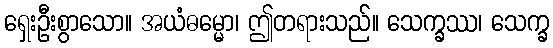
ရှေးဦးစွာသော။ အယံဓမ္မော၊ ဤတရားသည်။ သေက္ခဿ၊ သေက္ခ